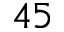
4 5